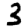
Digit: 3